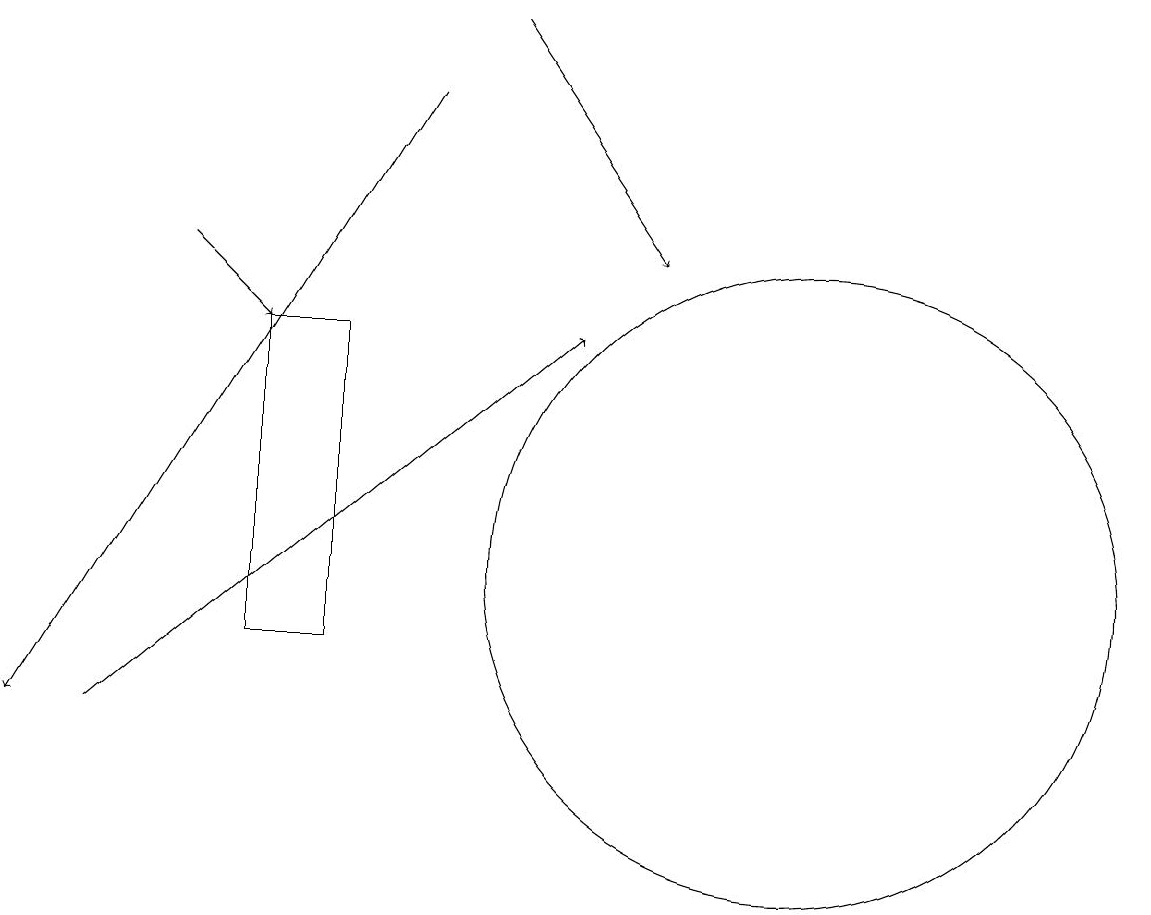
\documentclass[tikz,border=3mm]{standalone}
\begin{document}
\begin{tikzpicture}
\draw[->] (6,18) -- (1,10);
\draw[->] (3,16) -- (4,15);
\draw[->] (2,10) -- (8,15);
\draw (11,12) circle (4);
\draw (10,12) circle (0);
\draw[->] (7,19) -- (9,16);
\draw (5,11) rectangle (4,15);
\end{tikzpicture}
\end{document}